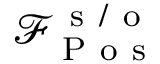
\mathcal { F } _ { \mathrm { ~ P ~ o ~ s ~ } } ^ { \mathrm { ~ s ~ / ~ o ~ } }